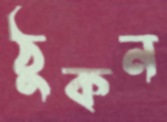
ঠুকন